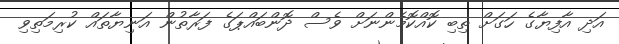
އަދި އާފިޔާގެ ހަގަށް ތިބި ކޮއްކޮމެންނަށް ވެސް ދޮންބައްޕަގެ ފަރާތުން އަނިޔާތައް ކުރިމަތިވި